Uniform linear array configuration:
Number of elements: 8
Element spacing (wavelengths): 0.5
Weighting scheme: blackman
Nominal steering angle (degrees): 30
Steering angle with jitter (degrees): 29.3
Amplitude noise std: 0.05
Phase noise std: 0.05

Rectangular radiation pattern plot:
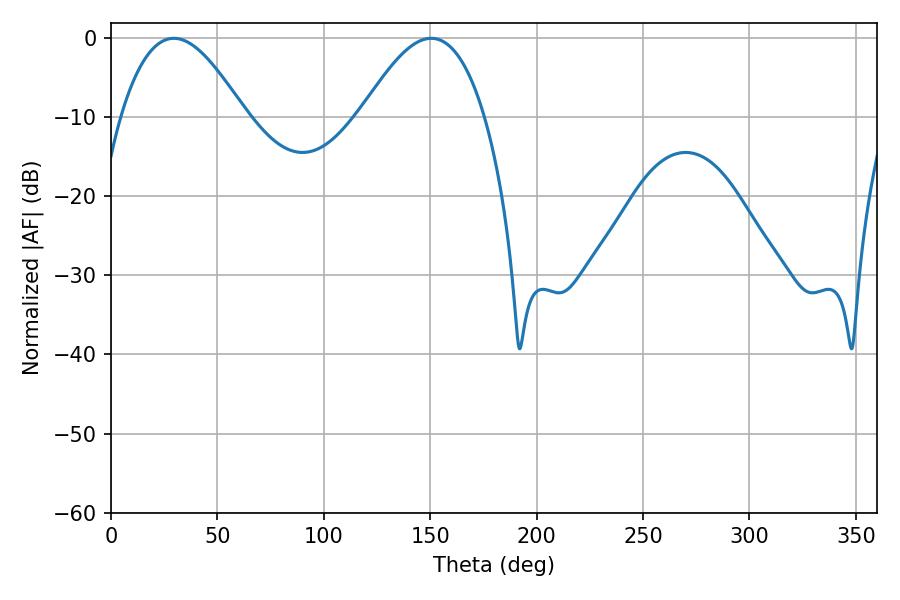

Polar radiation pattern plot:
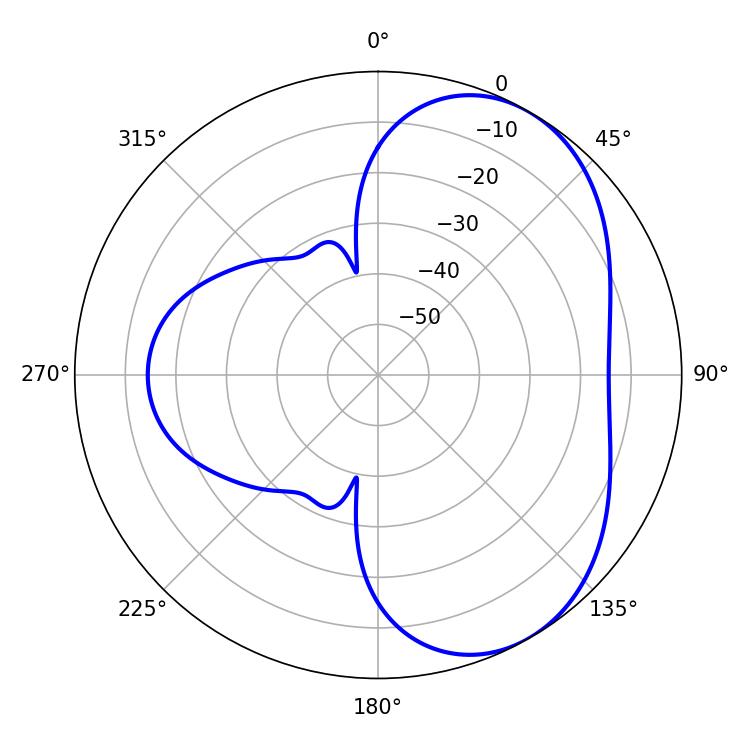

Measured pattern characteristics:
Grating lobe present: FALSE
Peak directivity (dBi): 5.02
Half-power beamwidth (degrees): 31.68
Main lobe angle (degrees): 29.52